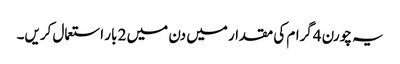
یہ چورن 4گرام کی مقدار میں دن میں 2 بار استعمال کریں۔